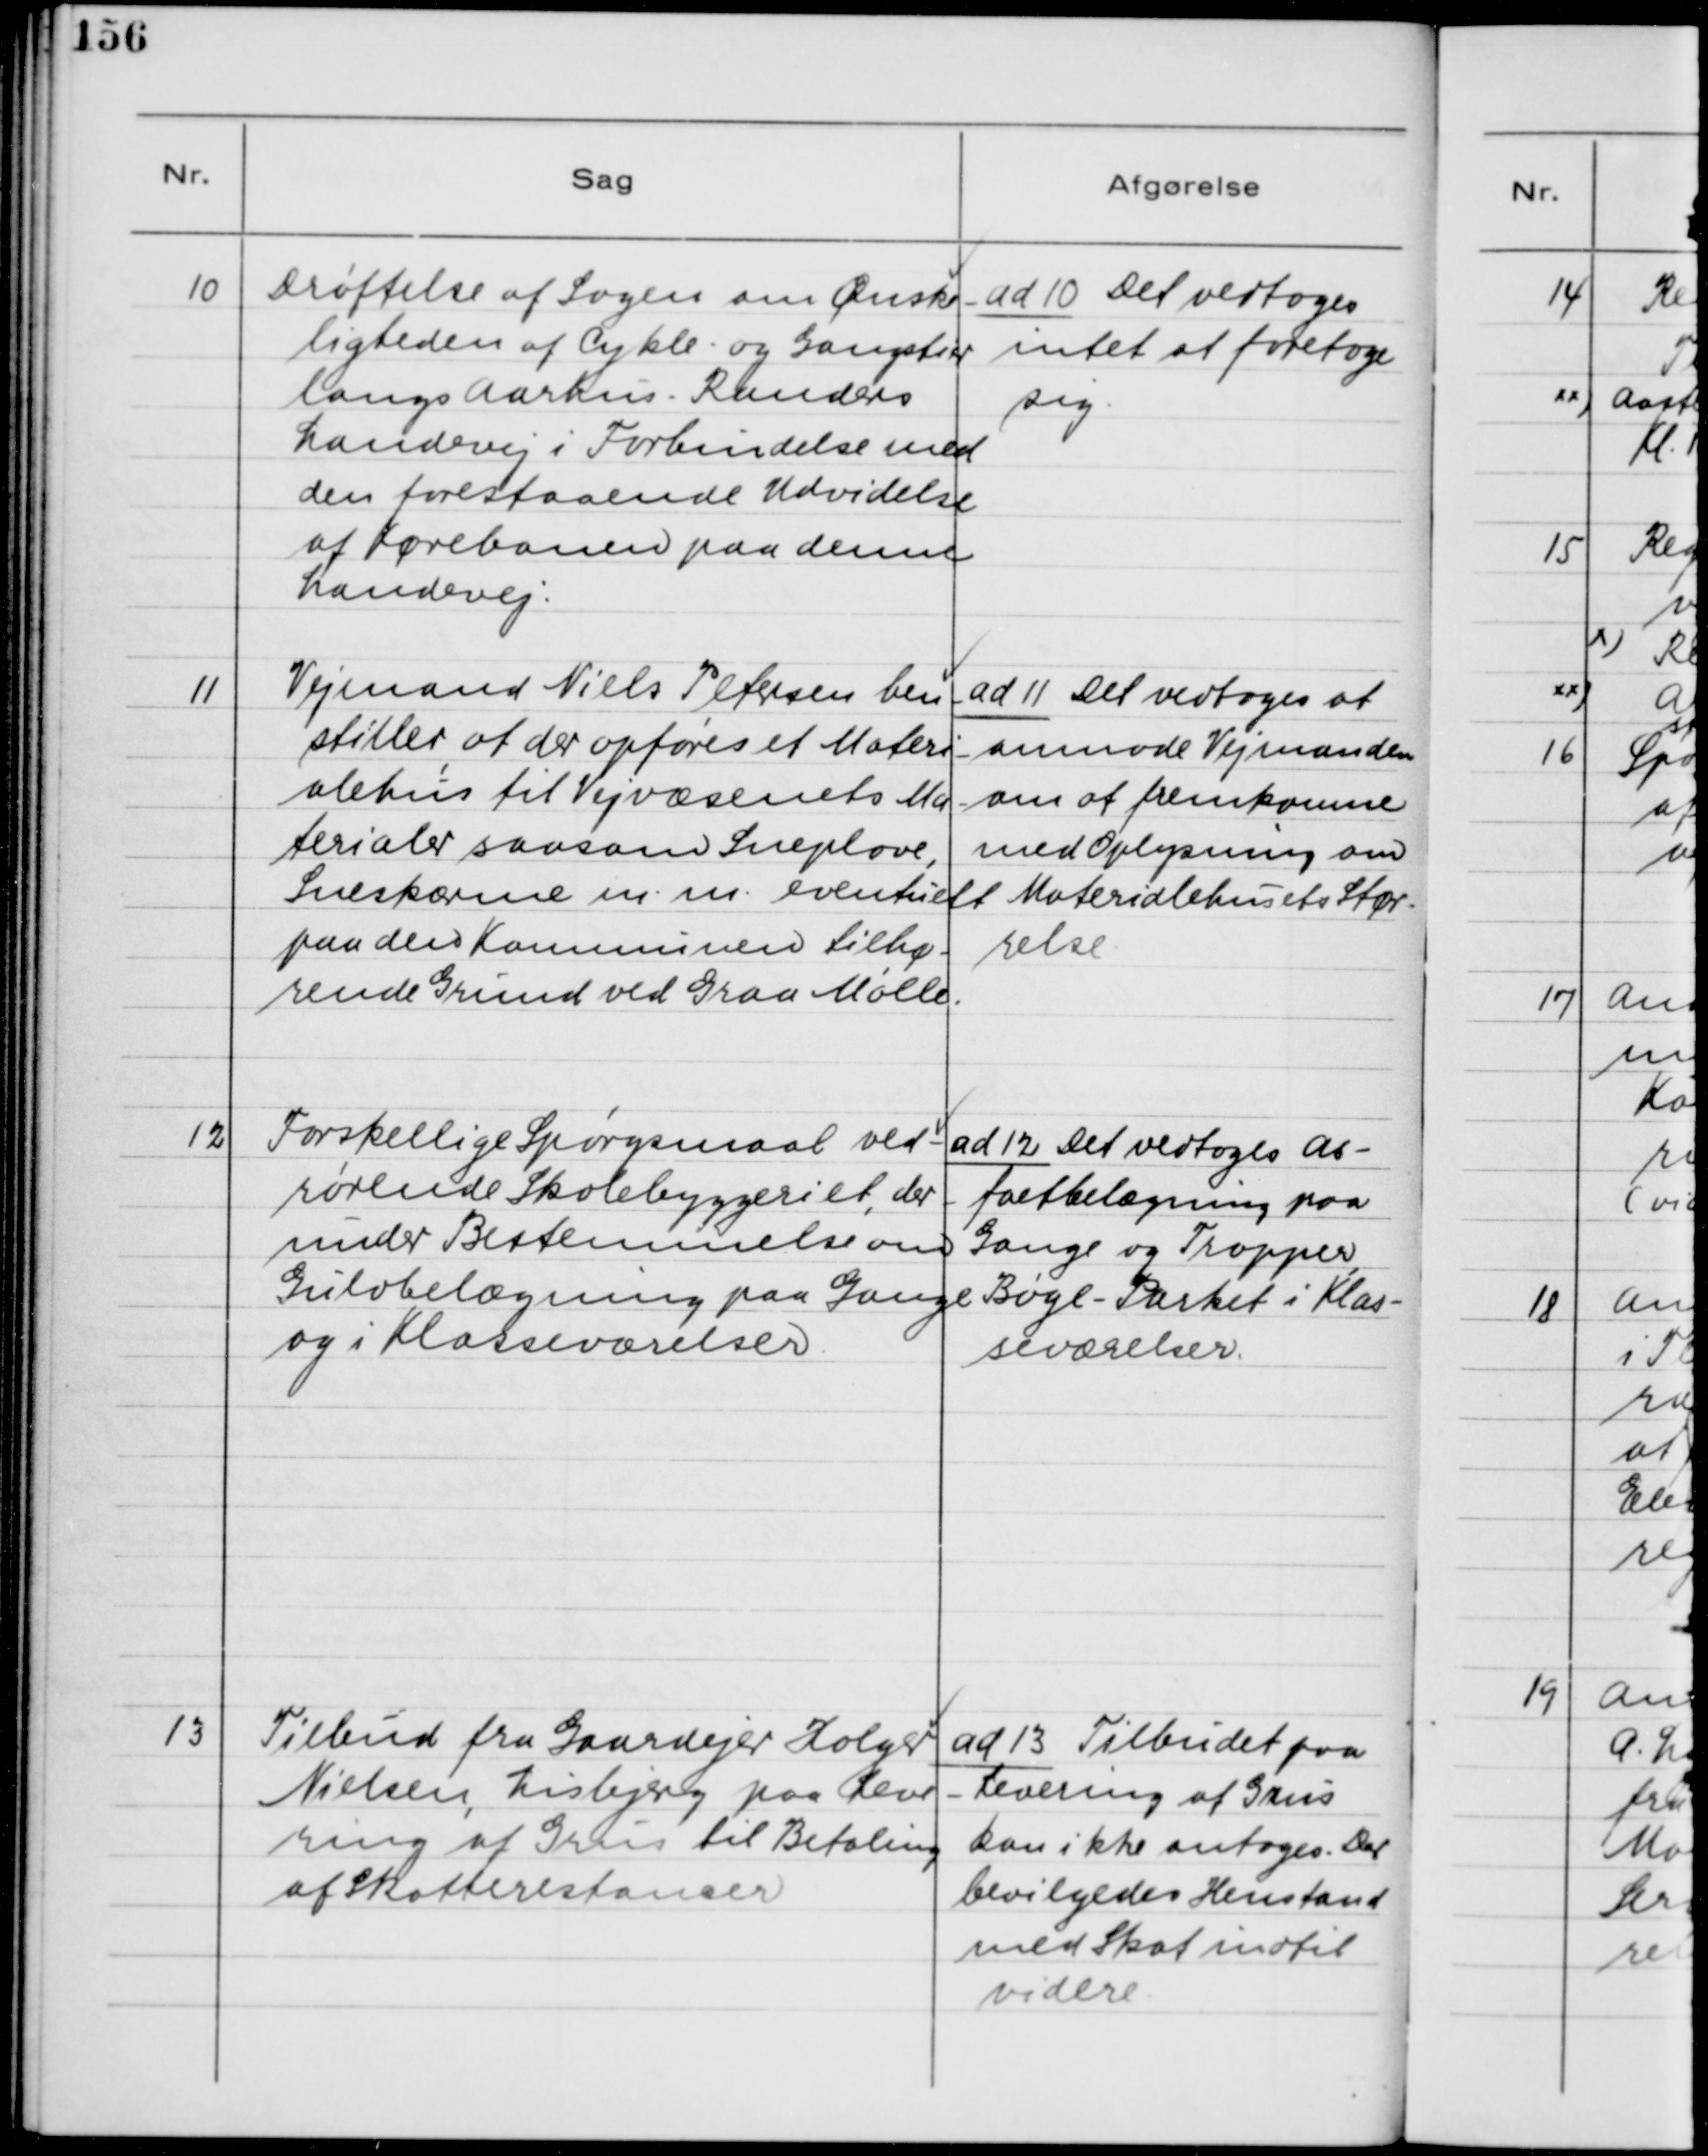
Transskription:
10. Drøftelse af Sagen om Ønske-
ligheden af Cykle- og Gangsti
langs Aarhus - Randers
Landevej i Forbindelse med
den forestaaende Udvidelse
af Kørebanen paa denne
Landevej.

ad 10. Det vedtoges
intet af foretage
sig.

11. Vejmand Niels Peteresen hen-
stiller, at der opføres et Materi-
alehus til Vejvæsenets Ma-
terialer saasom Sneplove,
Sneskærme m.m. eventuelt
paa den Kommunen tilhø-
rende Grund ved Graa Mølle.

ad 11. Det vedtoges at
anmode Vejmanden
om at fremkomme
med Oplysning om
Materialehusets Stør-
relse.

12. Forskellige Spørgsmaal ved-
rørende Skolebyggeriet, der-
under Bestemmelse om
Gulvbelægning paa Gange
og i Klasseværelser.

ad 12. Det vedtoges As-
faltbelægning paa
Gange og Trapper,
Bøge-Parket i Klas-
seværelser.

13. Tilbud fra Gaardejer Holger
Nielsen, Lisbjerg paa Leve-
ring af Grus til Betaling
af Skatterestancer.

ad 13. Tilbudet paa
Levering af Grus
kan ikke antages. Der
bevilges Henstand
med Skat indtil
videre.